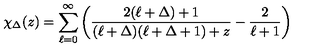
\chi _ { \Delta } ( z ) = \sum _ { \ell = 0 } ^ { \infty } \left( { \frac { 2 ( \ell + \Delta ) + 1 } { ( \ell + \Delta ) ( \ell + \Delta + 1 ) + z } } - { \frac { 2 } { \ell + 1 } } \right)